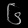
Digit: ၆